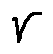
r